Problem: 6 × 6 = ?
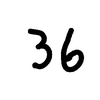
Handwritten answer: 36